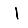
Digit: 1